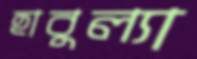
হাবুল্যা